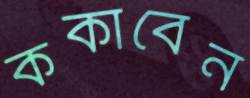
ককাবেন